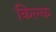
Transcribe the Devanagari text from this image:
किल्क